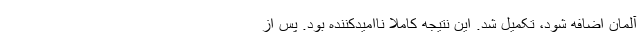
آلمان اضافه شود، تکمیل شد. این نتیجه کاملا ناامیدکننده بود. پس از